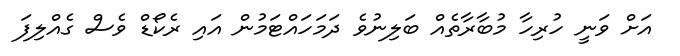
އަށް ވަނީ ހުރިހާ މުބާރާތެއް ބަލިނުވެ ދަމަހައްޓަމުން އައި ރެކޯޑް ވެސް ގެއްލިފަ